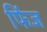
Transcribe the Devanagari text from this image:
फिंज